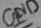
Text: GND